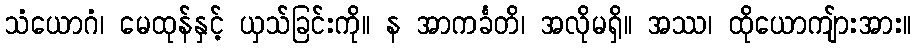
သံယောဂံ၊ မေထုန်နှင့် ယှသ်ခြင်းကို။ န အာကင်္ခတိ၊ အလိုမရှိ။ အဿ၊ ထိုယောကျ်ားအား။